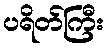
ပရိတ်ကြီး